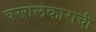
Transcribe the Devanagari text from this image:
वस्त्रालंकाराची